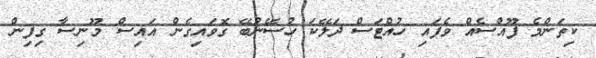
ކިތަންމެ ފޫއްސެއް ވެފައި ހުއްޓަސް ދަލޭކަ ހުސޭނުބޭ ގޮވައިގެން އައިސް މޫނިސާ ގިފިިން